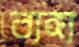
ব্যঙ্গ্য